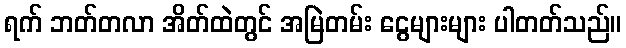
ရက် ဘတ်တလာ အိတ်ထဲတွင် အမြဲတမ်း ငွေများများ ပါတတ်သည်။